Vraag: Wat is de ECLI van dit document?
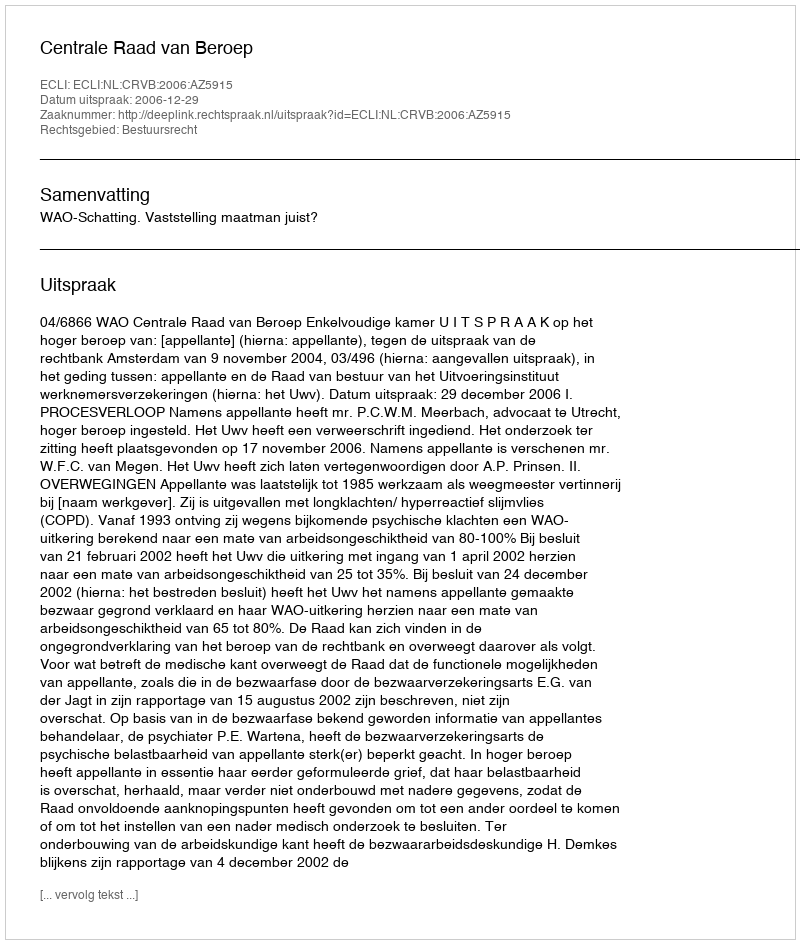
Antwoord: ECLI:NL:CRVB:2006:AZ5915